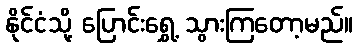
နိုင်ငံသို့ ပြောင်းရွှေ့ သွားကြတော့မည်။